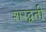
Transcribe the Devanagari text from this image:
शरद्वती